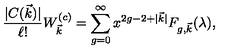
{ \frac { | C ( \vec { k } ) | } { \ell ! } } W _ { \vec { k } } ^ { ( c ) } = \sum _ { g = 0 } ^ { \infty } x ^ { 2 g - 2 + | \vec { k } | } F _ { g , \vec { k } } ( \lambda ) ,